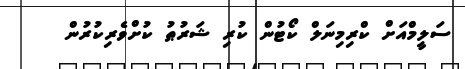
ސަލީމްއަށް ކްރިމިނަލް ކޯޓުން ކުރި ޝަރުޠު ކުށްވެރިކުރުން